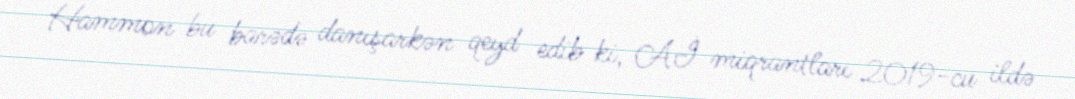
Hammon bu barədə danışarkən qeyd edib ki, Aİ miqrantları 2019-cu ildə